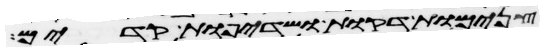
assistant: צנמות דקות ושדיפות קדים